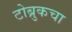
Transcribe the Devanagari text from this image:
टोब्रुकचा